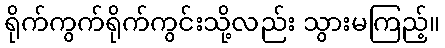
ရိုက်ကွက်ရိုက်ကွင်းသို့လည်း သွားမကြည့်။